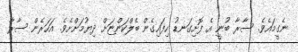
ނެގީމައެވެ. ސާރާ ބުނީ އެ ފޮށިގަނޑު ހިފައިގެން ބެލްކަންޏަށް ދިޔުމަށްށެވެ. އަހަރެން ސާރާ